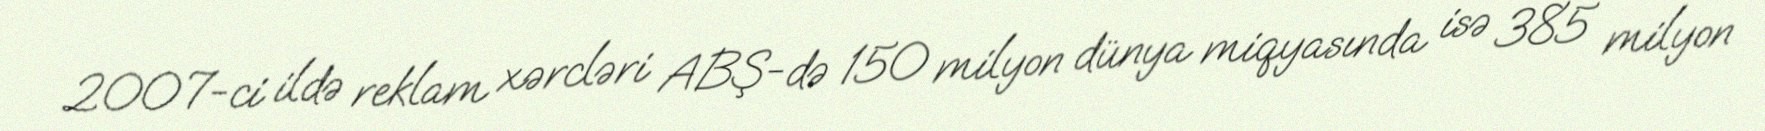
2007-ci ildə reklam xərcləri ABŞ-də 150 milyon dünya miqyasında isə 385 milyon